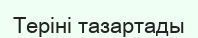
Теріні тазартады